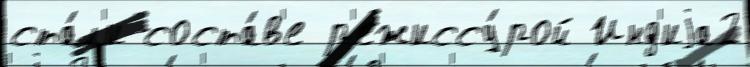
ста́л'и соста́в'е р'ежиссу́рой Инд'иjа2